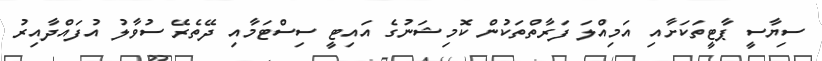
ސިޔާސީ ޕާޓީތަކަށާއި އަމިއްލަ ފަރާތްތަކުން ކޮމިޝަނުގެ އައިޓީ ސިސްޓަމާއި ދޭތެރޭ ސުވާލު އުފައްދާއިރު